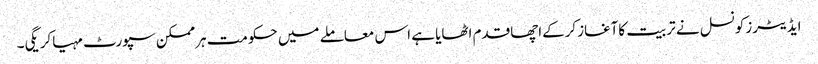
ایڈیٹرزکونسل نے تربیت کاآغازکرکےاچھاقدم اٹھایا ہے اس معاملے میں حکومت ہرممکن سپورٹ مہیاکریگی۔